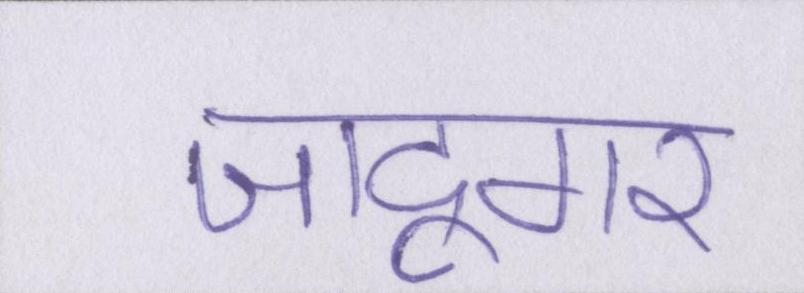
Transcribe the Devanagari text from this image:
जादूगर